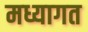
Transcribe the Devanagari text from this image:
मध्यागत